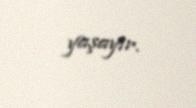
yaşayır.